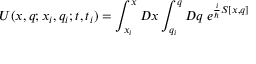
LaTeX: U ( x , q ; x _ { i } , q _ { i } ; t , t _ { i } ) = \int _ { x _ { i } } ^ { x } { \cal D } x \int _ { q _ { i } } ^ { q } { \cal D } q \; e ^ { { \frac { i } { \hbar } } S [ x , q ] }